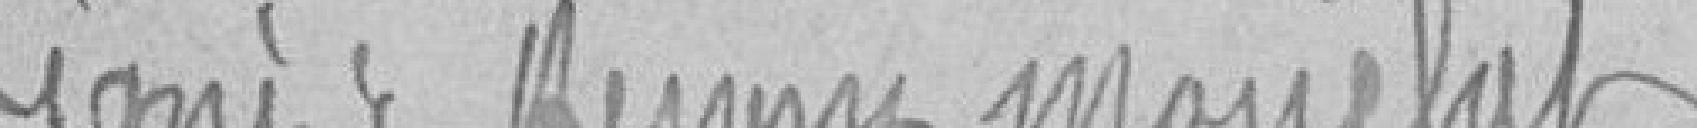
Signé : Henry MOURCHET